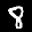
Label: 8